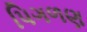
પિગળણ